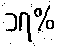
၁၇%